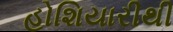
હોશિયારીથી